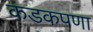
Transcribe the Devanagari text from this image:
कडकपणा